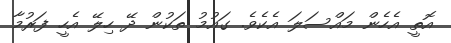
އޮތީ އެހެން މައްސަލަ އެކެވެ. ގައުމު ތަކުން ދޭ ހިލޭ އެހީ ފަރުމާ